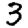
Digit: 3